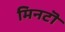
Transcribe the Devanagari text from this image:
मिनटॊ